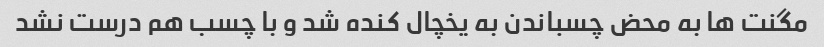
مگنت ها به محض چسباندن به یخچال کنده شد و با چسب هم درست نشد